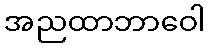
အညထာဘာဝေါ